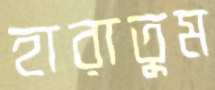
হারাতুম